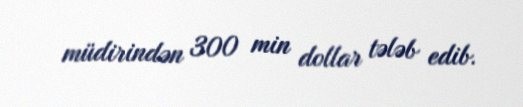
müdirindən 300 min dollar tələb edib.